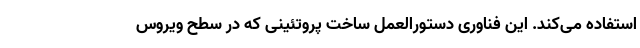
استفاده می‌کند. این فناوری دستور‌العمل ساخت پروتئینی که در سطح ویروس